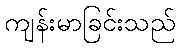
ကျန်းမာခြင်းသည်